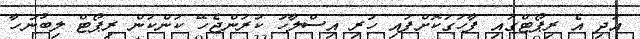
އަދި އެ ރިޕޯޓްގައި ފާހަގަކޮށްފައި ހުރި އިސްލާހު ކުރަންޖެހޭ ކަންކަން ރިޕޯޓް ލިބުނުހާ